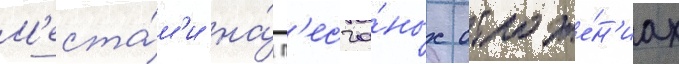
М'еста́м'и на́ п'есча́ных отложе́н'иах